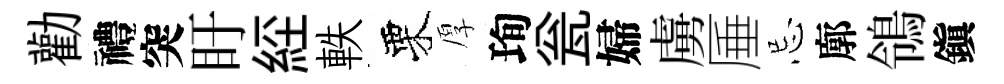
勸禮突盱𦀇軼栗厚珣瓮婦虜厜忌廓鴒鎭